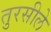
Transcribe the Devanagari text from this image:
तुरसीले